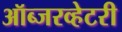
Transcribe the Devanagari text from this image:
ऑब्जरव्हेटरी